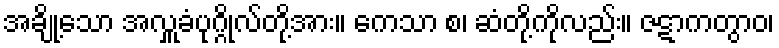
အချို့သော အလှူခံပုဂ္ဂိုလ်တို့အား။ ကေသာ စ၊ ဆံတို့ကိုလည်း။ ဇဋာကတွာဝ၊